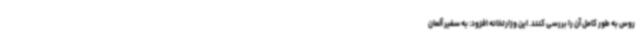
روس به طور کامل آن را بررسی کنند. این وزارتخانه افزود: به سفیر آلمان